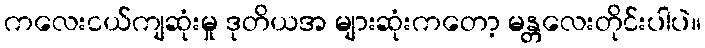
ကလေးငယ်ကျဆုံးမှု ဒုတိယအ များဆုံးကတော့ မန္တလေးတိုင်းပါပဲ။